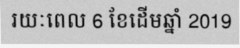
រយៈពេល 6 ខែដើមឆ្នាំ 2019